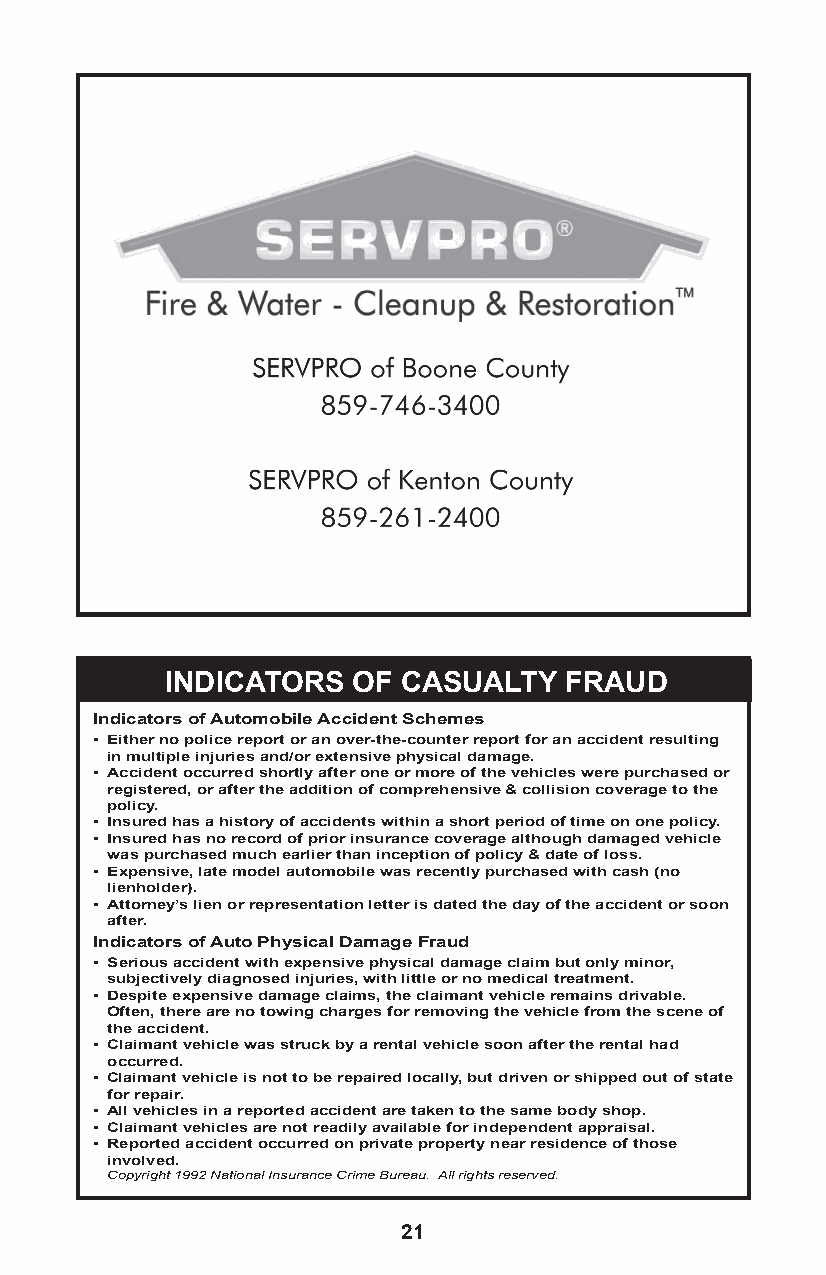
INDICATORS  OF  CASUALTY  FRAUD
 Indicators of Automobile Accident Schemes
 • Either no police report or an over-the-counter report for an accident resulting
 in multiple injuries and/or extensive physical damage.
 • Accident occurred shortly after one or more of the vehicles were purchased or
 registered, or after the addition of comprehensive & collision coverage to the
 policy.
 • Insured has a history of accidents within a short period of time on one policy.
 • Insured has no record of prior insurance coverage although damaged vehicle
 was purchased much earlier than inception of policy & date of loss.
 • Expensive, late model automobile was recently purchased with cash (no
 lienholder).
 • Attorney’s lien or representation letter is dated the day of the accident or soon
 after.
 Indicators of Auto Physical Damage Fraud
 • Serious accident with expensive physical damage claim but only minor,
 subjectively diagnosed injuries, with little or no medical treatment.
 • Despite expensive damage claims, the claimant vehicle remains drivable.
 Often, there are no towing charges for removing the vehicle from the scene of
 the accident.
 • Claimant vehicle was struck by a rental vehicle soon after the rental had
 occurred.
 • Claimant vehicle is not to be repaired locally, but driven or shipped out of state
 for repair.
 • All vehicles in a reported accident are taken to the same body shop.
 • Claimant vehicles are not readily available for independent appraisal.
 • Reported accident occurred on private property near residence of those
 involved.
 Copyright 1992 National Insurance Crime Bureau. All rights reserved.
 21